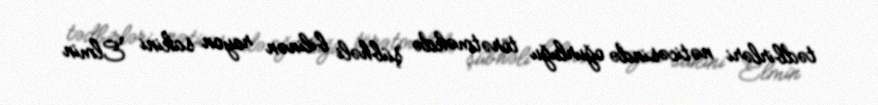
tədbirləri nəticəsində oğurluğu törətməkdə şübhəli bilinən rayon sakini Elmin